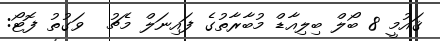
ޤައުމީ 8 ބޯލް ބިލިއާޑް މުބާރާތުގެ ފައިނަލް މެޗު  ވަގުތު ފޮޓޯ: